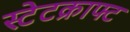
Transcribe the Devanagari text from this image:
स्टेटक्राफ्ट